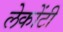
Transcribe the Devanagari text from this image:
लेकोंटी